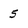
Character: 5